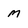
Character: M